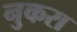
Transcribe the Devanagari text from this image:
नुकरा